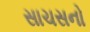
સાચસનો